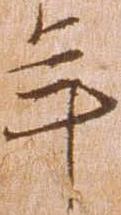
年